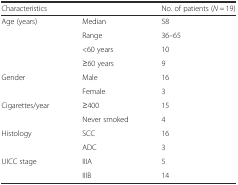
| <COLSPAN=2> Characteristics | No. of patients (N = 19) |
 | --- | --- | --- |
 | Age (years) | Median | 58 |
 |  | Range | 36–65 |
 |  | <60 years | 10 |
 |  | ≥60 years | 9 |
 | Gender | Male | 16 |
 |  | Female | 3 |
 | Cigarettes/year | ≥400 | 15 |
 |  | Never smoked | 4 |
 | Histology | SCC | 16 |
 |  | ADC | 3 |
 | UICC stage | IIIA | 5 |
 |  | IIIB | 14 |